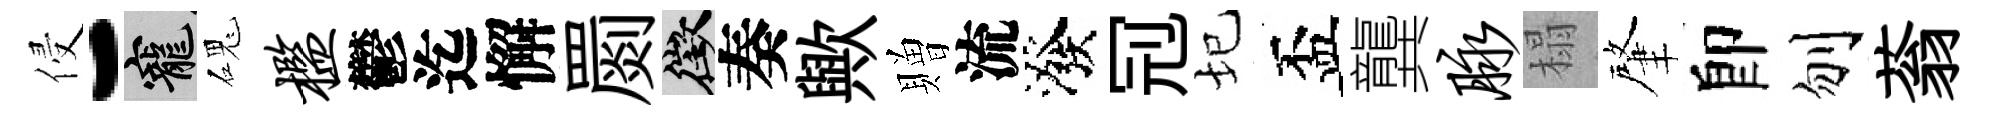
侵-寵磈槛鬱迄懈罽徵奏歟贈流潑𠜍圮盃龔脉榻肇卽刎蓊